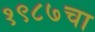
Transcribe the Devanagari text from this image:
१९८७चा